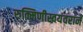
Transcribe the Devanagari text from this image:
रुक्मिणीस्वयंवराने